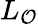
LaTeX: L_{\mathcal{O}}